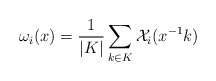
\begin{align*}\omega_i(x)=\frac{1}{|K|}\sum_{k\in K}\mathcal{X}_i(x^{-1}k) \end{align*}